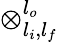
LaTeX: \otimes_{l_{i},l_{f}}^{l_{o}}